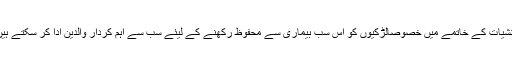
منشیات کے خاتمے میں خصوصاًلڑکیوں کو اس سب بیماری سے محفوظ رکھنے کے لیئے سب سے اہم کردار والدین ادا کر سکتے ہیں۔